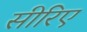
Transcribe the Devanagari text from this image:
सीरिए